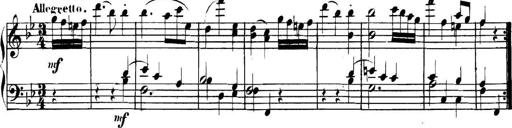
Title: Collected Piano Sonatas
Composer: Muzio Clementi